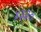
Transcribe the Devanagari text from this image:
४३३०